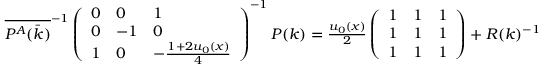
\begin{array} { r } { \overline { { P ^ { A } ( \bar { k } ) } } ^ { - 1 } \left( \begin{array} { l l l } { 0 } & { 0 } & { 1 } \\ { 0 } & { - 1 } & { 0 } \\ { 1 } & { 0 } & { - \frac { 1 + 2 u _ { 0 } ( x ) } { 4 } } \end{array} \right) ^ { - 1 } P ( k ) = \frac { u _ { 0 } ( x ) } { 2 } \left( \begin{array} { l l l } { 1 } & { 1 } & { 1 } \\ { 1 } & { 1 } & { 1 } \\ { 1 } & { 1 } & { 1 } \end{array} \right) + R ( k ) ^ { - 1 } } \end{array}